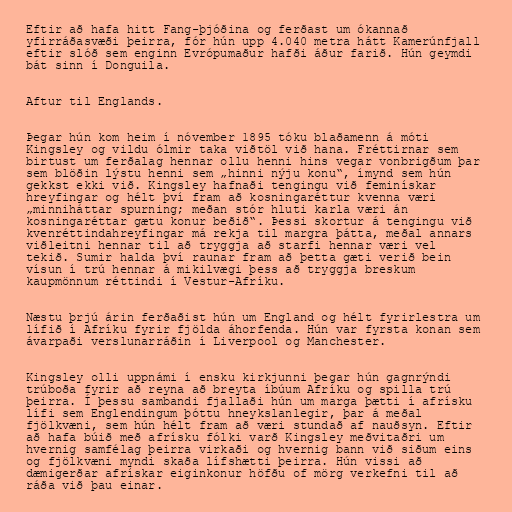
Eftir að hafa hitt Fang-þjóðina og ferðast um ókannað
yfirráðasvæði þeirra, fór hún upp 4.040 metra hátt Kamerúnfjall
eftir slóð sem enginn Evrópumaður hafði áður farið. Hún geymdi
bát sinn í Donguila.

Aftur til Englands.

Þegar hún kom heim í nóvember 1895 tóku blaðamenn á móti
Kingsley og vildu ólmir taka viðtöl við hana. Fréttirnar sem
birtust um ferðalag hennar ollu henni hins vegar vonbrigðum þar
sem blöðin lýstu henni sem „hinni nýju konu“, ímynd sem hún
gekkst ekki við. Kingsley hafnaði tengingu við feminískar
hreyfingar og hélt því fram að kosningaréttur kvenna væri
„minniháttar spurning; meðan stór hluti karla væri án
kosningaréttar gætu konur beðið“. Þessi skortur á tengingu við
kvenréttindahreyfingar má rekja til margra þátta, meðal annars
viðleitni hennar til að tryggja að starfi hennar væri vel
tekið. Sumir halda því raunar fram að þetta gæti verið bein
vísun í trú hennar á mikilvægi þess að tryggja breskum
kaupmönnum réttindi í Vestur-Afríku.

Næstu þrjú árin ferðaðist hún um England og hélt fyrirlestra um
lífið í Afríku fyrir fjölda áhorfenda. Hún var fyrsta konan sem
ávarpaði verslunarráðin í Liverpool og Manchester.

Kingsley olli uppnámi í ensku kirkjunni þegar hún gagnrýndi
trúboða fyrir að reyna að breyta íbúum Afríku og spilla trú
þeirra. Í þessu sambandi fjallaði hún um marga þætti í afrísku
lífi sem Englendingum þóttu hneykslanlegir, þar á meðal
fjölkvæni, sem hún hélt fram að væri stundað af nauðsyn. Eftir
að hafa búið með afrísku fólki varð Kingsley meðvitaðri um
hvernig samfélag þeirra virkaði og hvernig bann við siðum eins
og fjölkvæni myndi skaða lífshætti þeirra. Hún vissi að
dæmigerðar afrískar eiginkonur höfðu of mörg verkefni til að
ráða við þau einar.